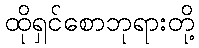
ထိုရှင်စောဘုရားတို့